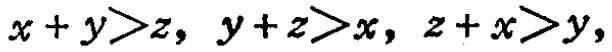
\(x + y>z,\ y + z>x,\ z + x>y,\)